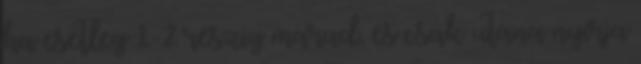
ha esetleg 1-2 részig marad, és csak utána nyírja